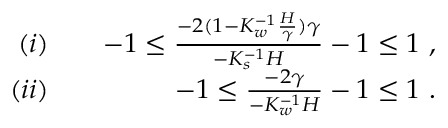
\begin{array} { r l r } { ( i ) } & { { } } & { - 1 \le \frac { - 2 ( 1 - K _ { w } ^ { - 1 } \frac { H } { \gamma } ) \gamma } { - K _ { s } ^ { - 1 } H } - 1 \le 1 ~ , } \\ { ( i i ) } & { { } } & { - 1 \le \frac { - 2 \gamma } { - K _ { w } ^ { - 1 } H } - 1 \le 1 ~ . } \end{array}